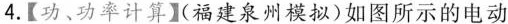
4.【功、功率计算】(福建泉州模拟)如图所示的电动